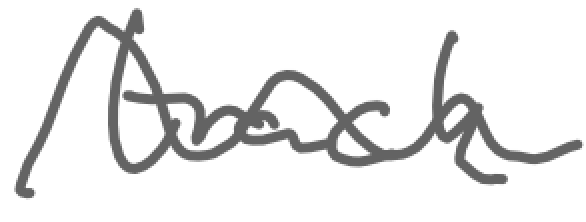
Text: track
Cross-out: wave
Writing tool: digital_gray